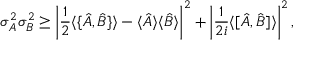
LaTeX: \sigma _ { A } ^ { 2 } \sigma _ { B } ^ { 2 } \geq \left| { \frac { 1 } { 2 } } \langle \{ { \hat { A } } , { \hat { B } } \} \rangle - \langle { \hat { A } } \rangle \langle { \hat { B } } \rangle \right| ^ { 2 } + \left| { \frac { 1 } { 2 i } } \langle [ { \hat { A } } , { \hat { B } } ] \rangle \right| ^ { 2 } ,